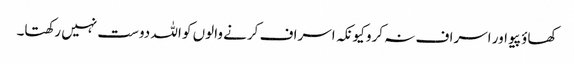
کھاؤ پیو اور اسراف نہ کرو کیونکہ اسراف کرنے والوں کو اللہ دوست نہیں رکھتا۔